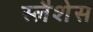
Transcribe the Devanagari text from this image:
स्लैशेस